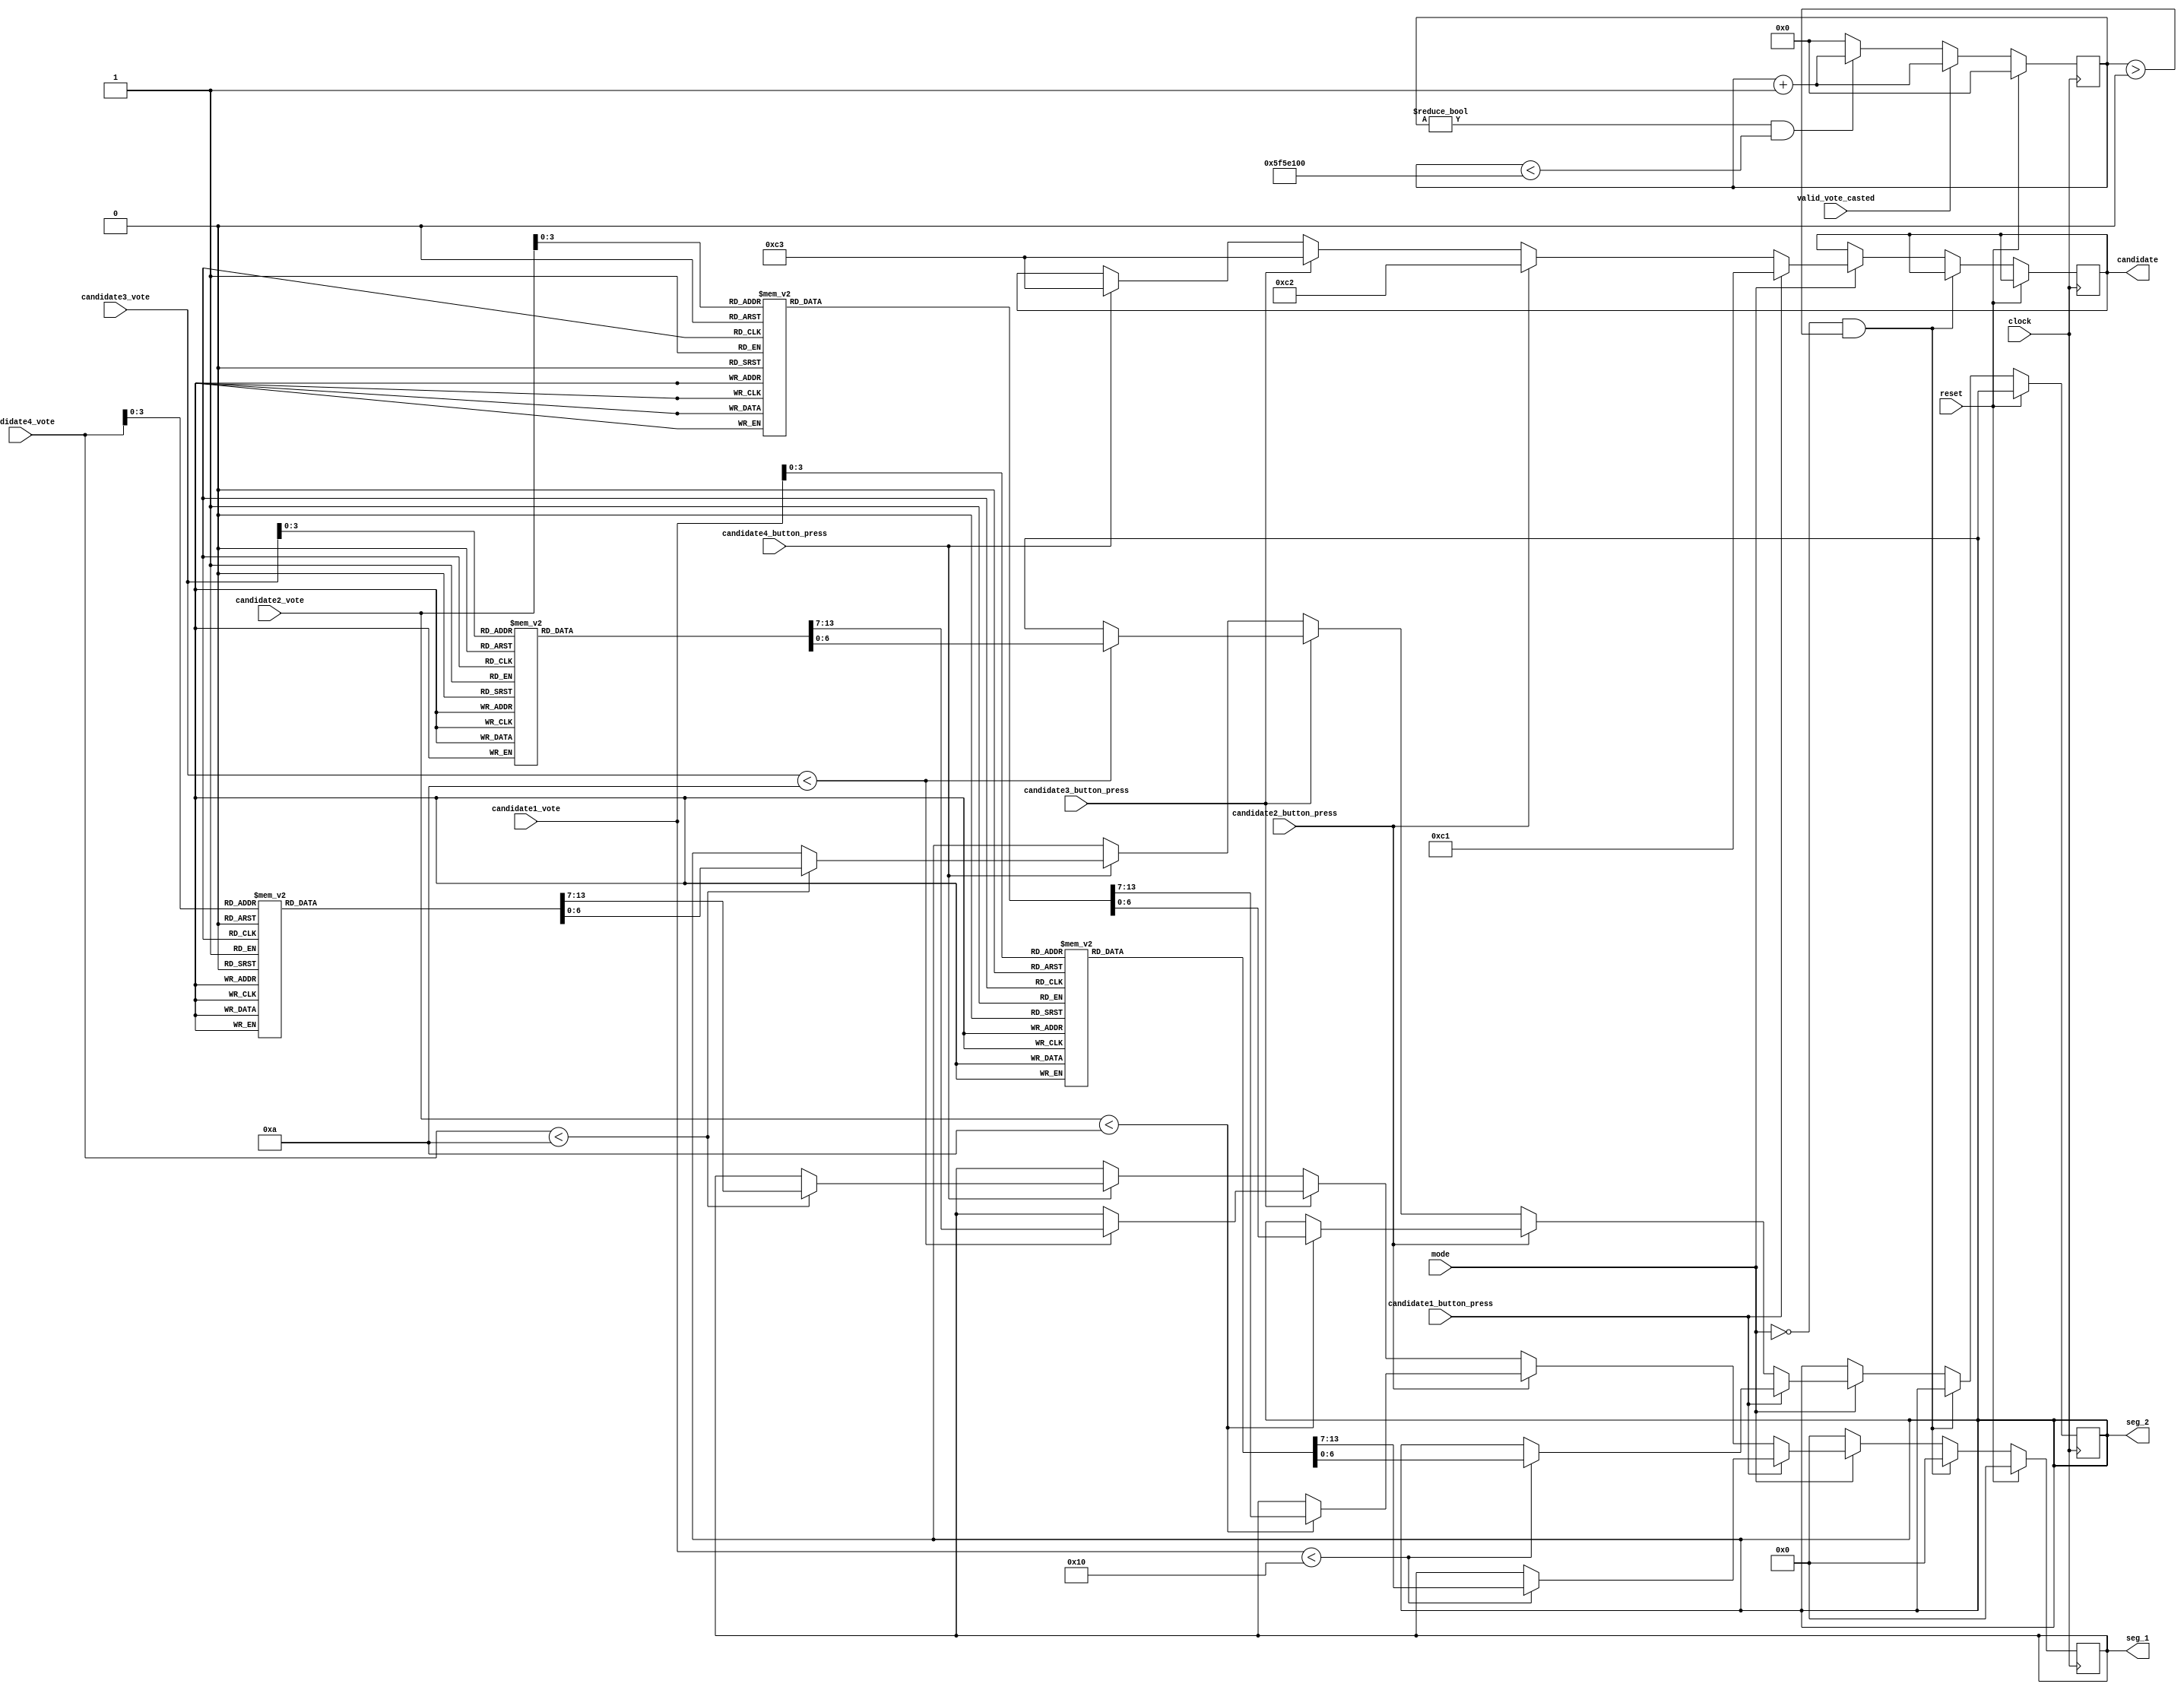
module modeControl(input clock,
input reset,
input mode,
input valid_vote_casted,
input [7:0] candidate1_vote,
input [7:0] candidate2_vote,
input [7:0] candidate3_vote,
input [7:0] candidate4_vote,
input candidate1_button_press,
input candidate2_button_press,
input candidate3_button_press,
input candidate4_button_press,
output reg [7:0] candidate,
output reg [6:0] seg_1,
output reg [6:0] seg_2
    );
reg [30:0] counter;
always @(posedge clock)
begin
    if(reset)
        counter <= 0;   //Whenever reset is pressed, counter started from 0
    else if(valid_vote_casted) //If a valid vote is casted, counter becomes 1
        counter <= counter + 1;
    else if(counter !=0 & counter < 100000000)//If counter is not 0, increment it till 100000000
        counter <= counter + 1;
    else //Once counter becomes 100000000, reset it to zero
        counter <= 0;
end 

always @(posedge clock)
begin
    if(reset)
        seg_1 = 7'b0000000;
    else
    begin
        if(mode == 0 &  counter > 0 ) //mode0 -> voting mode, mode 1 -> result mode
            seg_1 = 7'b0000000;
        else if(mode == 0)
            seg_1 = 7'b0000000;
        else if(mode == 1) //result mode
        begin
            if(candidate1_button_press)begin
				     if (candidate1_vote<16)
					  begin
					   case (candidate1_vote[3:0])
							4'b0000 : begin seg_2 <= 7'b0000000; seg_1 = 7'b1111110; end
							4'b0001 : begin seg_2 <= 7'b0000000; seg_1 = 7'b0110000; end
							4'b0010 : begin seg_2 <= 7'b0000000; seg_1 = 7'b1101101; end
							4'b0011 : begin seg_2 <= 7'b0000000; seg_1 = 7'b1111001; end
							4'b0100 : begin seg_2 <= 7'b0000000; seg_1 = 7'b0110011; end
							4'b0101 : begin seg_2 <= 7'b0000000; seg_1 = 7'b1011011; end
							4'b0110 : begin seg_2 <= 7'b0000000; seg_1 = 7'b1011111; end
							4'b0111 : begin seg_2 <= 7'b0000000; seg_1 = 7'b1110000; end
							4'b1000 : begin seg_2 <= 7'b0000000; seg_1 = 7'b1111111; end
							4'b1001 : begin seg_2 <= 7'b0000000; seg_1 = 7'b1110011; end
							4'b1010 : begin seg_2 <= 7'b0110000; seg_1 = 7'b1111110; end  //10
							4'b1011 : begin seg_2 <= 7'b0110000; seg_1 = 7'b0110000; end  //11
							4'b1100 : begin seg_2 <= 7'b0110000; seg_1 = 7'b1101101; end  //12
							4'b1101 : begin seg_2 <= 7'b0110000; seg_1 = 7'b1111001; end  //13
							4'b1110 : begin seg_2 <= 7'b0110000; seg_1 = 7'b0110011; end  //14
							4'b1111 : begin seg_2 <= 7'b0110000; seg_1 = 7'b1011011; end  //15
							default : begin seg_2 <= 7'b0000000; seg_1 = 7'b0000000; end
						  endcase
						end  	
					 candidate<=8'd193;
					 end
            else if(candidate2_button_press)begin
               if (candidate2_vote<10)
					  begin
					   case (candidate2_vote[3:0])
							4'b0000 : begin seg_2 <= 7'b0000000; seg_1 = 7'b1111110; end
							4'b0001 : begin seg_2 <= 7'b0000000; seg_1 = 7'b0110000; end
							4'b0010 : begin seg_2 <= 7'b0000000; seg_1 = 7'b1101101; end
							4'b0011 : begin seg_2 <= 7'b0000000; seg_1 = 7'b1111001; end
							4'b0100 : begin seg_2 <= 7'b0000000; seg_1 = 7'b0110011; end
							4'b0101 : begin seg_2 <= 7'b0000000; seg_1 = 7'b1011011; end
							4'b0110 : begin seg_2 <= 7'b0000000; seg_1 = 7'b1011111; end
							4'b0111 : begin seg_2 <= 7'b0000000; seg_1 = 7'b1110000; end
							4'b1000 : begin seg_2 <= 7'b0000000; seg_1 = 7'b1111111; end
							4'b1001 : begin seg_2 <= 7'b0000000; seg_1 = 7'b1110011; end
							4'b1010 : begin seg_2 <= 7'b0110000; seg_1 = 7'b1111110; end  //10
							4'b1011 : begin seg_2 <= 7'b0110000; seg_1 = 7'b0110000; end  //11
							4'b1100 : begin seg_2 <= 7'b0110000; seg_1 = 7'b1101101; end  //12
							4'b1101 : begin seg_2 <= 7'b0110000; seg_1 = 7'b1111001; end  //13
							4'b1110 : begin seg_2 <= 7'b0110000; seg_1 = 7'b0110011; end  //14
							4'b1111 : begin seg_2 <= 7'b0110000; seg_1 = 7'b1011011; end  //15
							default : begin seg_2 <= 7'b0000000; seg_1 = 7'b0000000; end
						  endcase
						end  
					candidate<=8'd194;end
            else if(candidate3_button_press)begin
                if (candidate3_vote<10)
					  begin
					  case (candidate3_vote[3:0])
							4'b0000 : begin seg_2 <= 7'b0000000; seg_1 = 7'b1111110; end
							4'b0001 : begin seg_2 <= 7'b0000000; seg_1 = 7'b0110000; end
							4'b0010 : begin seg_2 <= 7'b0000000; seg_1 = 7'b1101101; end
							4'b0011 : begin seg_2 <= 7'b0000000; seg_1 = 7'b1111001; end
							4'b0100 : begin seg_2 <= 7'b0000000; seg_1 = 7'b0110011; end
							4'b0101 : begin seg_2 <= 7'b0000000; seg_1 = 7'b1011011; end
							4'b0110 : begin seg_2 <= 7'b0000000; seg_1 = 7'b1011111; end
							4'b0111 : begin seg_2 <= 7'b0000000; seg_1 = 7'b1110000; end
							4'b1000 : begin seg_2 <= 7'b0000000; seg_1 = 7'b1111111; end
							4'b1001 : begin seg_2 <= 7'b0000000; seg_1 = 7'b1110011; end
							4'b1010 : begin seg_2 <= 7'b0110000; seg_1 = 7'b1111110; end  //10
							4'b1011 : begin seg_2 <= 7'b0110000; seg_1 = 7'b0110000; end  //11
							4'b1100 : begin seg_2 <= 7'b0110000; seg_1 = 7'b1101101; end  //12
							4'b1101 : begin seg_2 <= 7'b0110000; seg_1 = 7'b1111001; end  //13
							4'b1110 : begin seg_2 <= 7'b0110000; seg_1 = 7'b0110011; end  //14
							4'b1111 : begin seg_2 <= 7'b0110000; seg_1 = 7'b1011011; end  //15
							default : begin seg_2 <= 7'b0000000; seg_1 = 7'b0000000; end
						  endcase
						end  
					 candidate<=8'd195;end
            else if(candidate4_button_press)begin
                if (candidate4_vote<10)
					  begin
					  case (candidate4_vote[3:0])
							4'b0000 : begin seg_2 <= 7'b0000000; seg_1 = 7'b1111110; end
							4'b0001 : begin seg_2 <= 7'b0000000; seg_1 = 7'b0110000; end
							4'b0010 : begin seg_2 <= 7'b0000000; seg_1 = 7'b1101101; end
							4'b0011 : begin seg_2 <= 7'b0000000; seg_1 = 7'b1111001; end
							4'b0100 : begin seg_2 <= 7'b0000000; seg_1 = 7'b0110011; end
							4'b0101 : begin seg_2 <= 7'b0000000; seg_1 = 7'b1011011; end
							4'b0110 : begin seg_2 <= 7'b0000000; seg_1 = 7'b1011111; end
							4'b0111 : begin seg_2 <= 7'b0000000; seg_1 = 7'b1110000; end
							4'b1000 : begin seg_2 <= 7'b0000000; seg_1 = 7'b1111111; end
							4'b1001 : begin seg_2 <= 7'b0000000; seg_1 = 7'b1110011; end
							4'b1010 : begin seg_2 <= 7'b0110000; seg_1 = 7'b1111110; end  //10
							4'b1011 : begin seg_2 <= 7'b0110000; seg_1 = 7'b0110000; end  //11
							4'b1100 : begin seg_2 <= 7'b0110000; seg_1 = 7'b1101101; end  //12
							4'b1101 : begin seg_2 <= 7'b0110000; seg_1 = 7'b1111001; end  //13
							4'b1110 : begin seg_2 <= 7'b0110000; seg_1 = 7'b0110011; end  //14
							4'b1111 : begin seg_2 <= 7'b0110000; seg_1 = 7'b1011011; end  //15
							default : begin seg_2 <= 7'b0000000; seg_1 = 7'b0000000; end
						  endcase
						end  
					 candidate<=8'd195;end
        end
    end  
end

endmodule